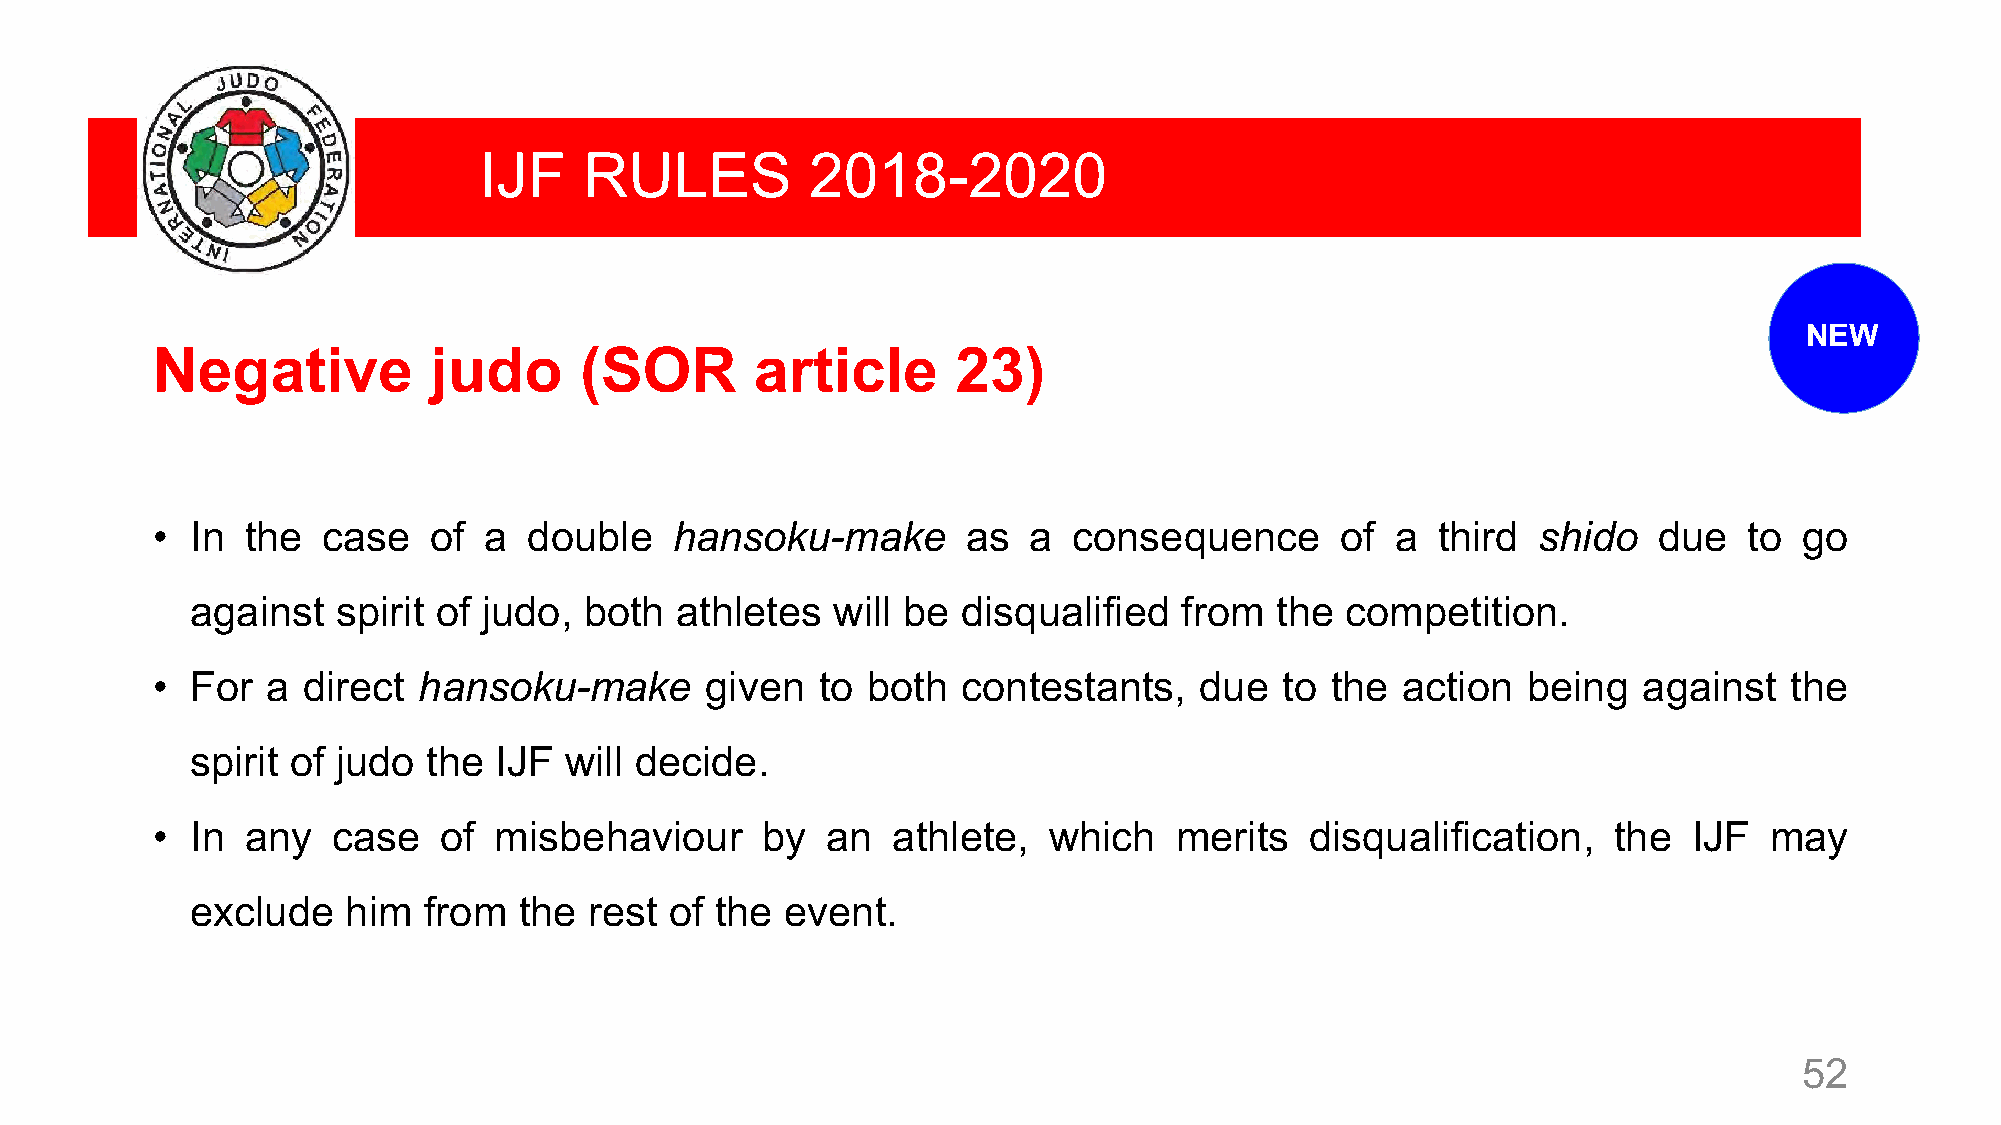
IJF    RULES          2018-2020
 NEW
 Negative          judo      (SOR        article      23)
 •  In the  case   of  a  double    hansoku-make       as  a  consequence       of a  third  shido   due   to go
 against  spirit of judo,  both  athletes  will be  disqualified  from  the  competition.
 •  For  a direct  hansoku-make       given  to both   contestants,   due   to the  action  being   against  the
 spirit of judo the  IJF will decide.
 •  In any   case   of  misbehaviour     by   an  athlete,  which    merits   disqualification,   the  IJF  may
 exclude   him  from  the  rest of the  event.
 52